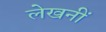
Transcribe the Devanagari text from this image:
लेखनीं